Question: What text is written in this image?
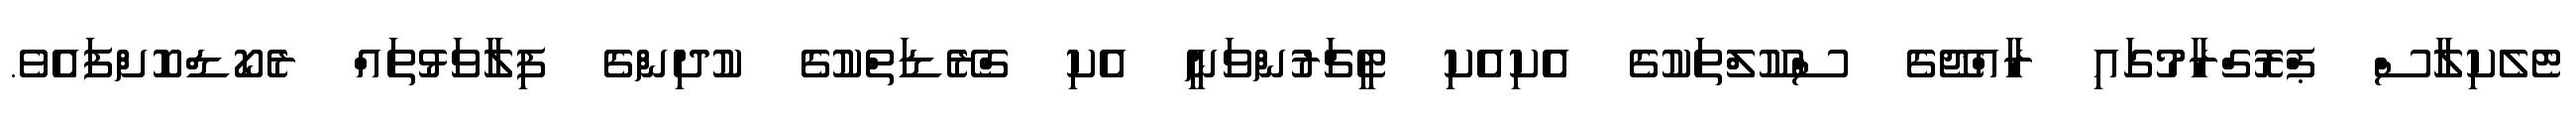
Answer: ޓެލެކިލާސް ޕްރޮގްރާމުގައި ރާއްޖޭގެ ސްކޫލްތަކުގެ އެކިއެކި ޓީޗަރުންވަނީ އެކި ގްރޭޑަތްކުގެ ކުދިންގެ ފިލާވަޅުތައް ރެކޯޑްކޮށްފައެވެ.